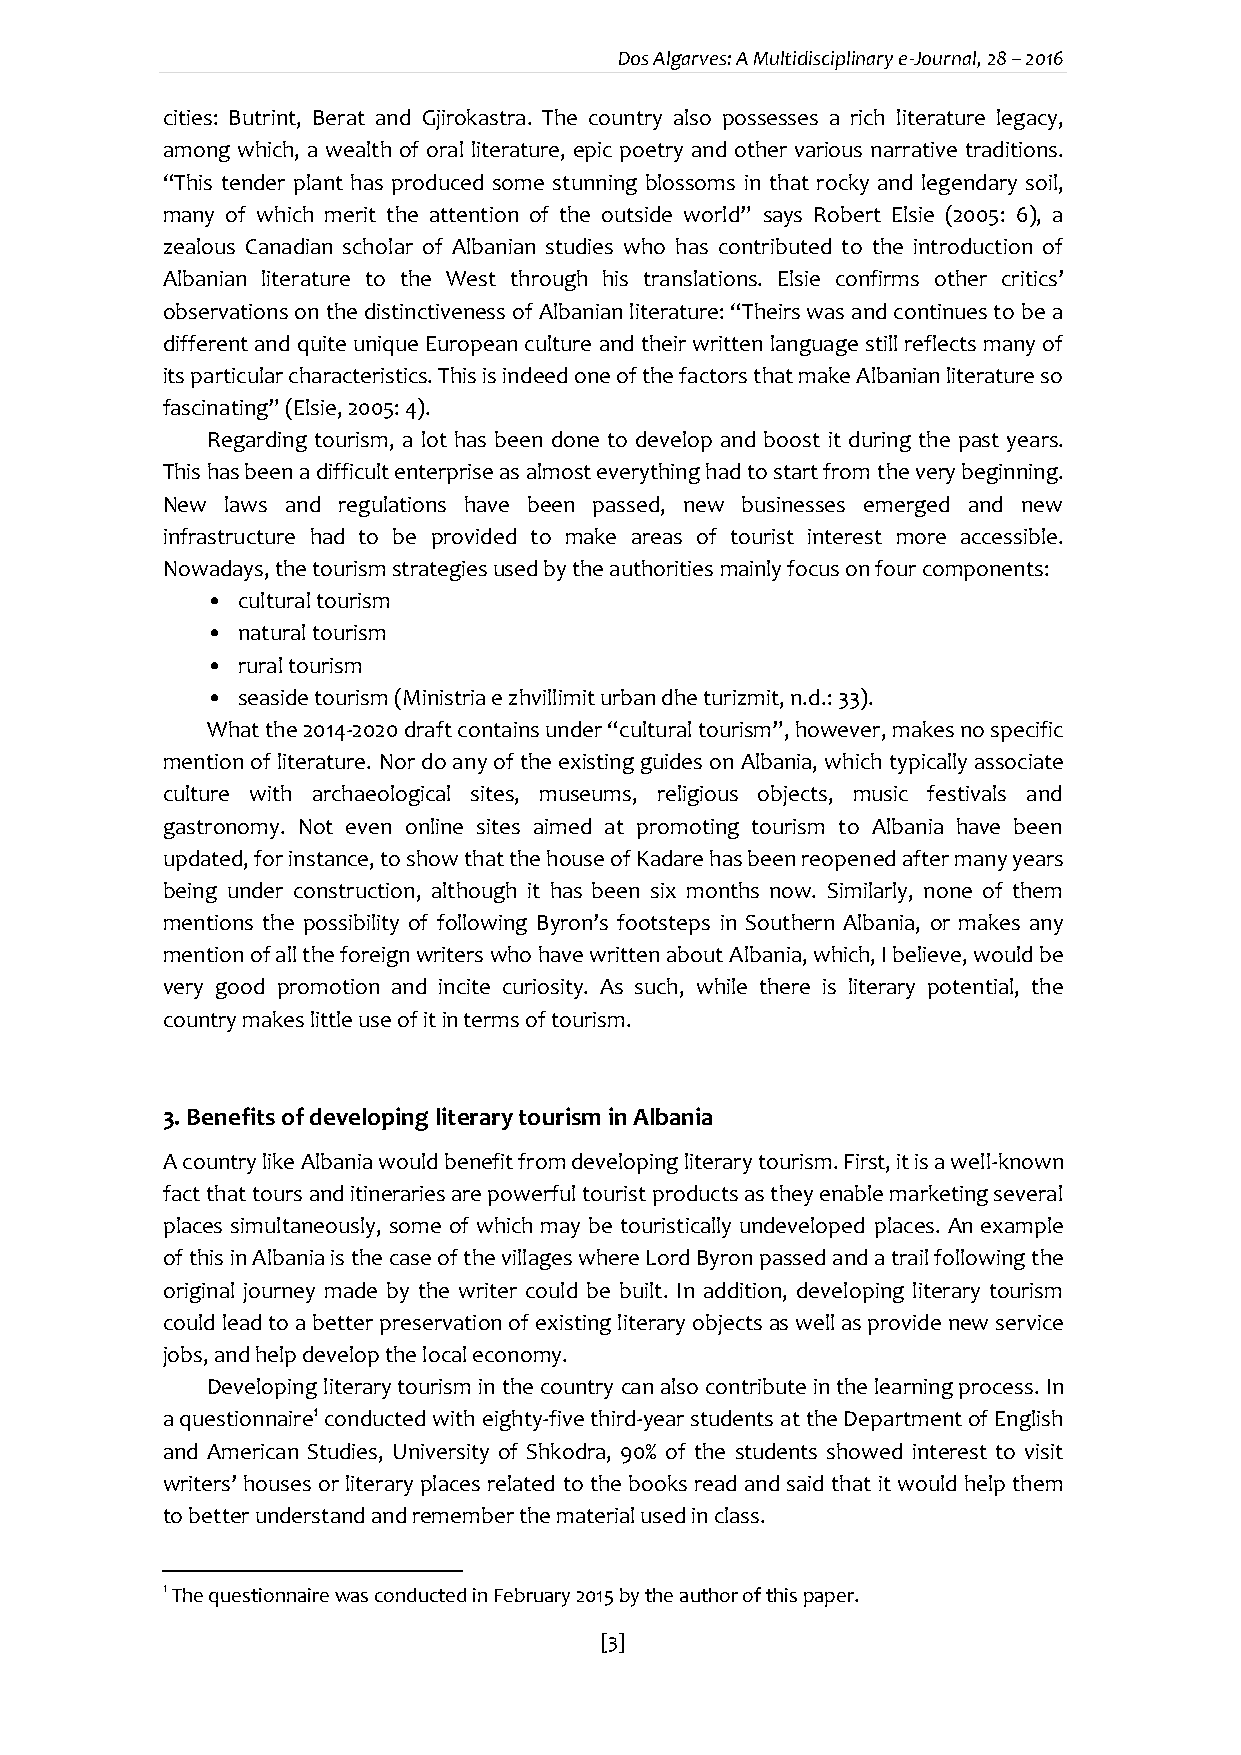
Dos Algarves: A Multidisciplinary e-Journal, 28 – 2016
 cities: Butrint, Berat and Gjirokastra. The country also possesses a rich literature legacy,
 among which, a wealth of oral literature, epic poetry and other various narrative traditions.
 “This tender plant has produced some stunning blossoms in that rocky and legendary soil,
 many of which merit the attention of the outside world” says Robert Elsie (2005: 6), a
 zealous Canadian scholar of Albanian studies who has contributed to the introduction of
 Albanian literature to the West through his translations. Elsie confirms other critics’
 observations on the distinctiveness of Albanian literature: “Theirs was and continues to be a
 different and quite unique European culture and their written language still reflects many of
 its particular characteristics. This is indeed one of the factors that make Albanian literature so
 fascinating” (Elsie, 2005: 4).
 Regarding tourism, a lot has been done to develop and boost it during the past years.
 This has been a difficult enterprise as almost everything had to start from the very beginning.
 New laws and regulations have been passed, new businesses emerged and new
 infrastructure had to be provided to make areas of tourist interest more accessible.
 Nowadays, the tourism strategies used by the authorities mainly focus on four components:
 • cultural tourism
 • natural tourism
 • rural tourism
 • seaside tourism (Ministria e zhvillimit urban dhe turizmit, n.d.: 33).
 What the 2014-2020 draft contains under “cultural tourism”, however, makes no specific
 mention of literature. Nor do any of the existing guides on Albania, which typically associate
 culture with archaeological sites, museums, religious objects, music festivals and
 gastronomy. Not even online sites aimed at promoting tourism to Albania have been
 updated, for instance, to show that the house of Kadare has been reopened after many years
 being under construction, although it has been six months now. Similarly, none of them
 mentions the possibility of following Byron’s footsteps in Southern Albania, or makes any
 mention of all the foreign writers who have written about Albania, which, I believe, would be
 very good promotion and incite curiosity. As such, while there is literary potential, the
 country makes little use of it in terms of tourism.
 3. Benefits of developing literary tourism in Albania
 A country like Albania would benefit from developing literary tourism. First, it is a well-known
 fact that tours and itineraries are powerful tourist products as they enable marketing several
 places simultaneously, some of which may be touristically undeveloped places. An example
 of this in Albania is the case of the villages where Lord Byron passed and a trail following the
 original journey made by the writer could be built. In addition, developing literary tourism
 could lead to a better preservation of existing literary objects as well as provide new service
 jobs, and help develop the local economy.
 Developing literary tourism in the country can also contribute in the learning process. In
 a questionnaire1 conducted with eighty-five third-year students at the Department of English
 and American Studies, University of Shkodra, 90% of the students showed interest to visit
 writers’ houses or literary places related to the books read and said that it would help them
 to better understand and remember the material used in class.
 1 The questionnaire was conducted in February 2015 by the author of this paper.
 [3]